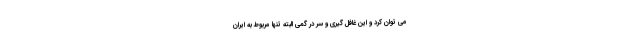
می توان کرد و این غافل گیری و سر در گمی البته تنها مربوط به ایران